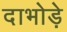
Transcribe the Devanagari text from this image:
दाभोड़े